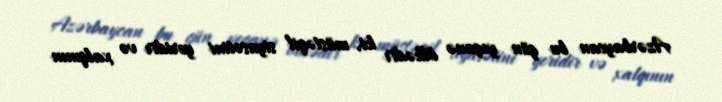
Azərbaycan bu gün yeganə ölkədir ki, müstəqil siyasətini yeridir və xalqının